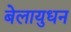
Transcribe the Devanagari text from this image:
बेलायुधन